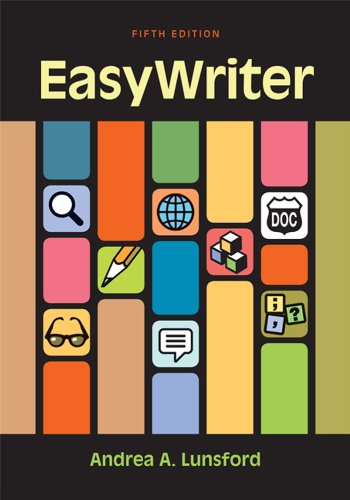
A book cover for EasyWriter; Andrea A. Lunsford; Reference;